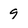
Character: 9